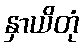
နှာယိတုံ